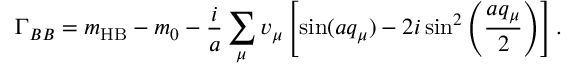
\Gamma _ { B B } = m _ { \mathrm { H B } } - m _ { 0 } - \frac { i } { a } \sum _ { \mu } { v _ { \mu } } \left[ \sin ( a q _ { \mu } ) - 2 i \sin ^ { 2 } \left( \frac { a q _ { \mu } } { 2 } \right) \right] .